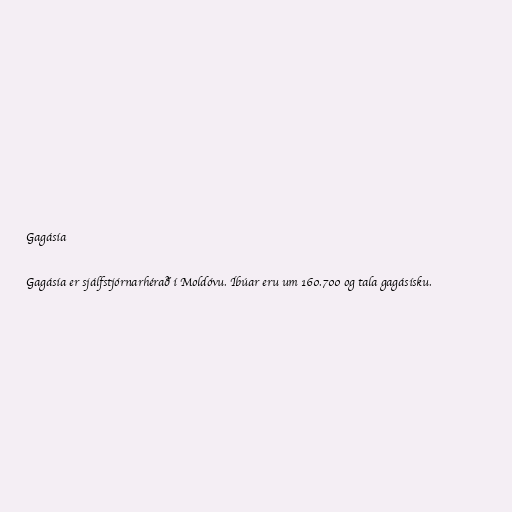
Gagásía

Gagásía er sjálfstjórnarhérað í Moldóvu. Íbúar eru um 160.700 og tala gagásísku.